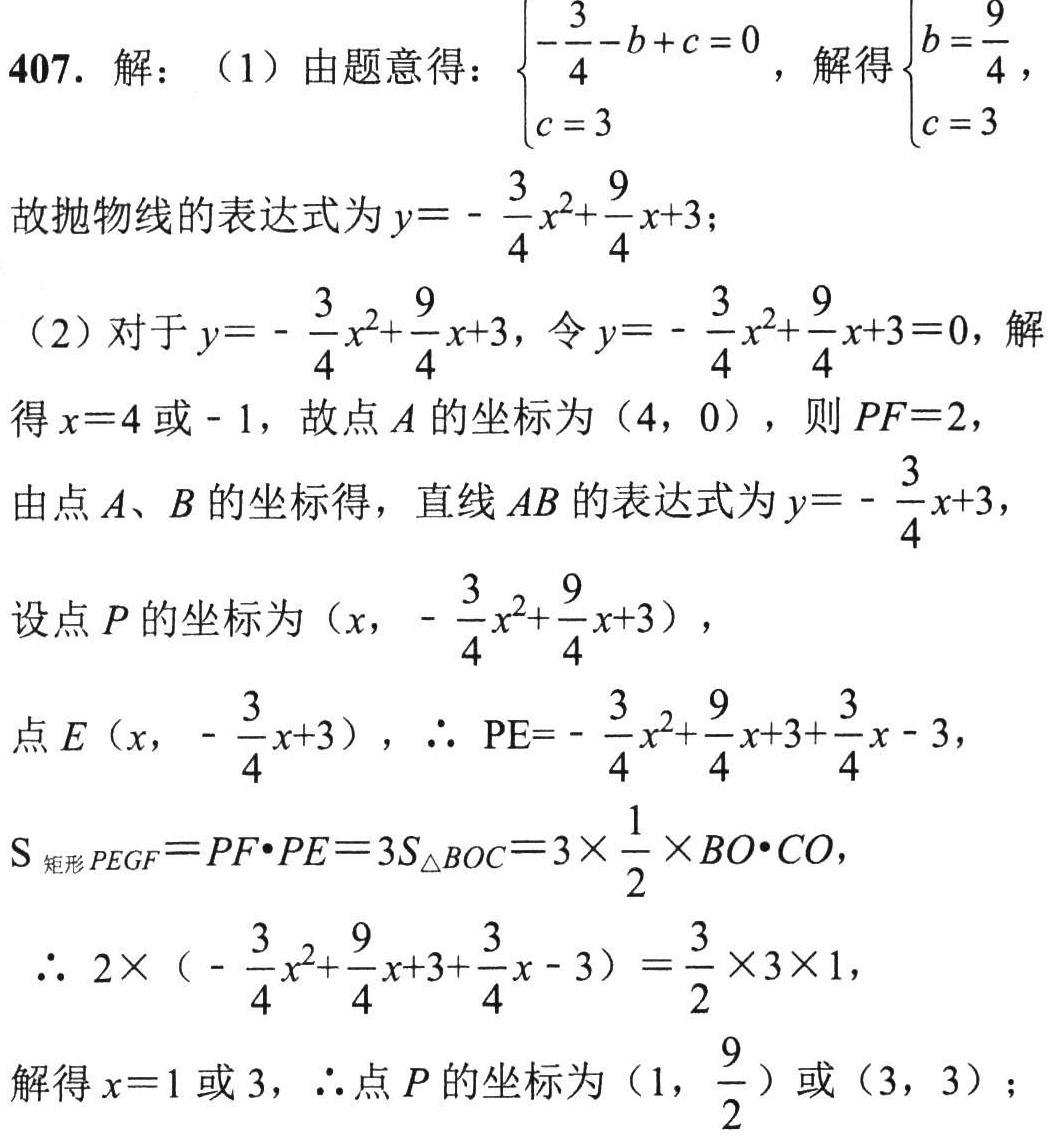
407. 解：（1）由题意得：\(\begin{cases}-\frac{3}{4}-b + c = 0 \\ c = 3\end{cases}\)，解得\(\begin{cases}b=\frac{9}{4} \\ c = 3\end{cases}\)，
故抛物线的表达式为\(y = -\frac{3}{4}x^{2}+\frac{9}{4}x + 3\)；
（2）对于\(y = -\frac{3}{4}x^{2}+\frac{9}{4}x + 3\)，令\(y = -\frac{3}{4}x^{2}+\frac{9}{4}x + 3 = 0\)，解得\(x = 4\)或\(-1\)，故点\(A\)的坐标为\((4,0)\)，则\(PF = 2\)，
由点\(A\)、\(B\)的坐标得，直线\(AB\)的表达式为\(y = -\frac{3}{4}x + 3\)，
设点\(P\)的坐标为\((x,-\frac{3}{4}x^{2}+\frac{9}{4}x + 3)\)，
点\(E(x,-\frac{3}{4}x + 3)\)，\(\therefore PE=-\frac{3}{4}x^{2}+\frac{9}{4}x + 3+\frac{3}{4}x - 3\)，
\(S_{矩形PEG F}=PF\cdot PE = 3S_{\triangle BOC}=3\times\frac{1}{2}\times BO\cdot CO\)，
\(\therefore 2\times(-\frac{3}{4}x^{2}+\frac{9}{4}x + 3+\frac{3}{4}x - 3)=\frac{3}{2}\times3\times1\)，
解得\(x = 1\)或\(3\)，\(\therefore\)点\(P\)的坐标为\((1,\frac{9}{2})\)或\((3,3)\)；